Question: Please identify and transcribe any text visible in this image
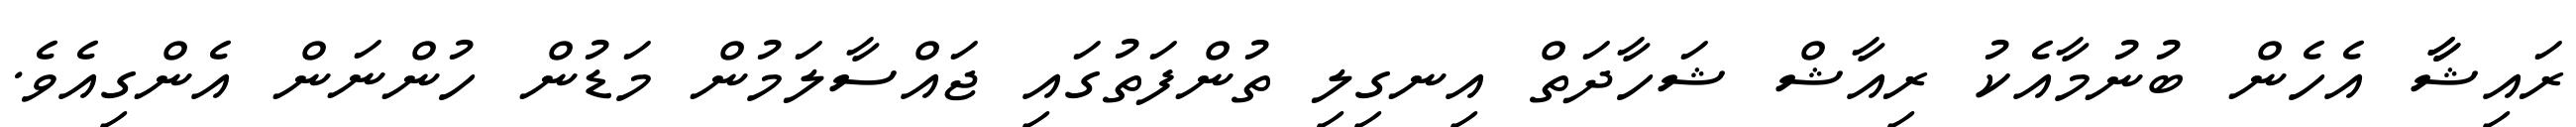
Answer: ރައިޝާާ އެހެން ބުނުމާއެކު ރިއާޝް ޝަހާދަތް އިނގިލި ތުންފަތުގައި ޖައްސާލަމުން މަޑުން ހުންނަން އެންގިއެވެ.